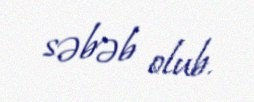
səbəb olub.